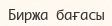
Биржа бағасы